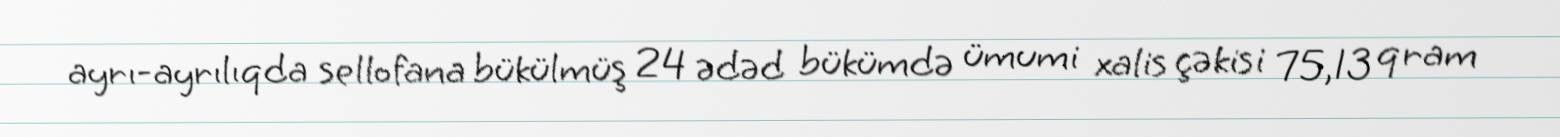
ayrı-ayrılıqda sellofana bükülmüş 24 ədəd bükümdə ümumi xalis çəkisi 75,13 qram